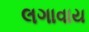
લગાવાય